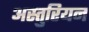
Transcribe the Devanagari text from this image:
अस्तुरियन